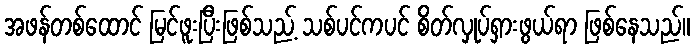
အဖန်တစ်ထောင် မြင်ဖူးပြီးဖြစ်သည့် သစ်ပင်ကပင် စိတ်လှုပ်ရှားဖွယ်ရာ ဖြစ်နေသည်။